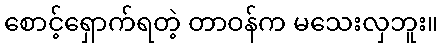
စောင့်ရှောက်ရတဲ့ တာဝန်က မသေးလှဘူး။